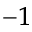
^ { - 1 }